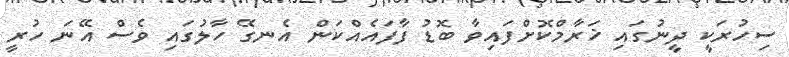
ސިހުރަކީ ދީނުގައި ޚަރާމްކޮށްފައިވާ ބޮޑު ފާފައެއްކަން އެނގޭ ހާލުގައި ވެސް އޭނަ ހުރީ